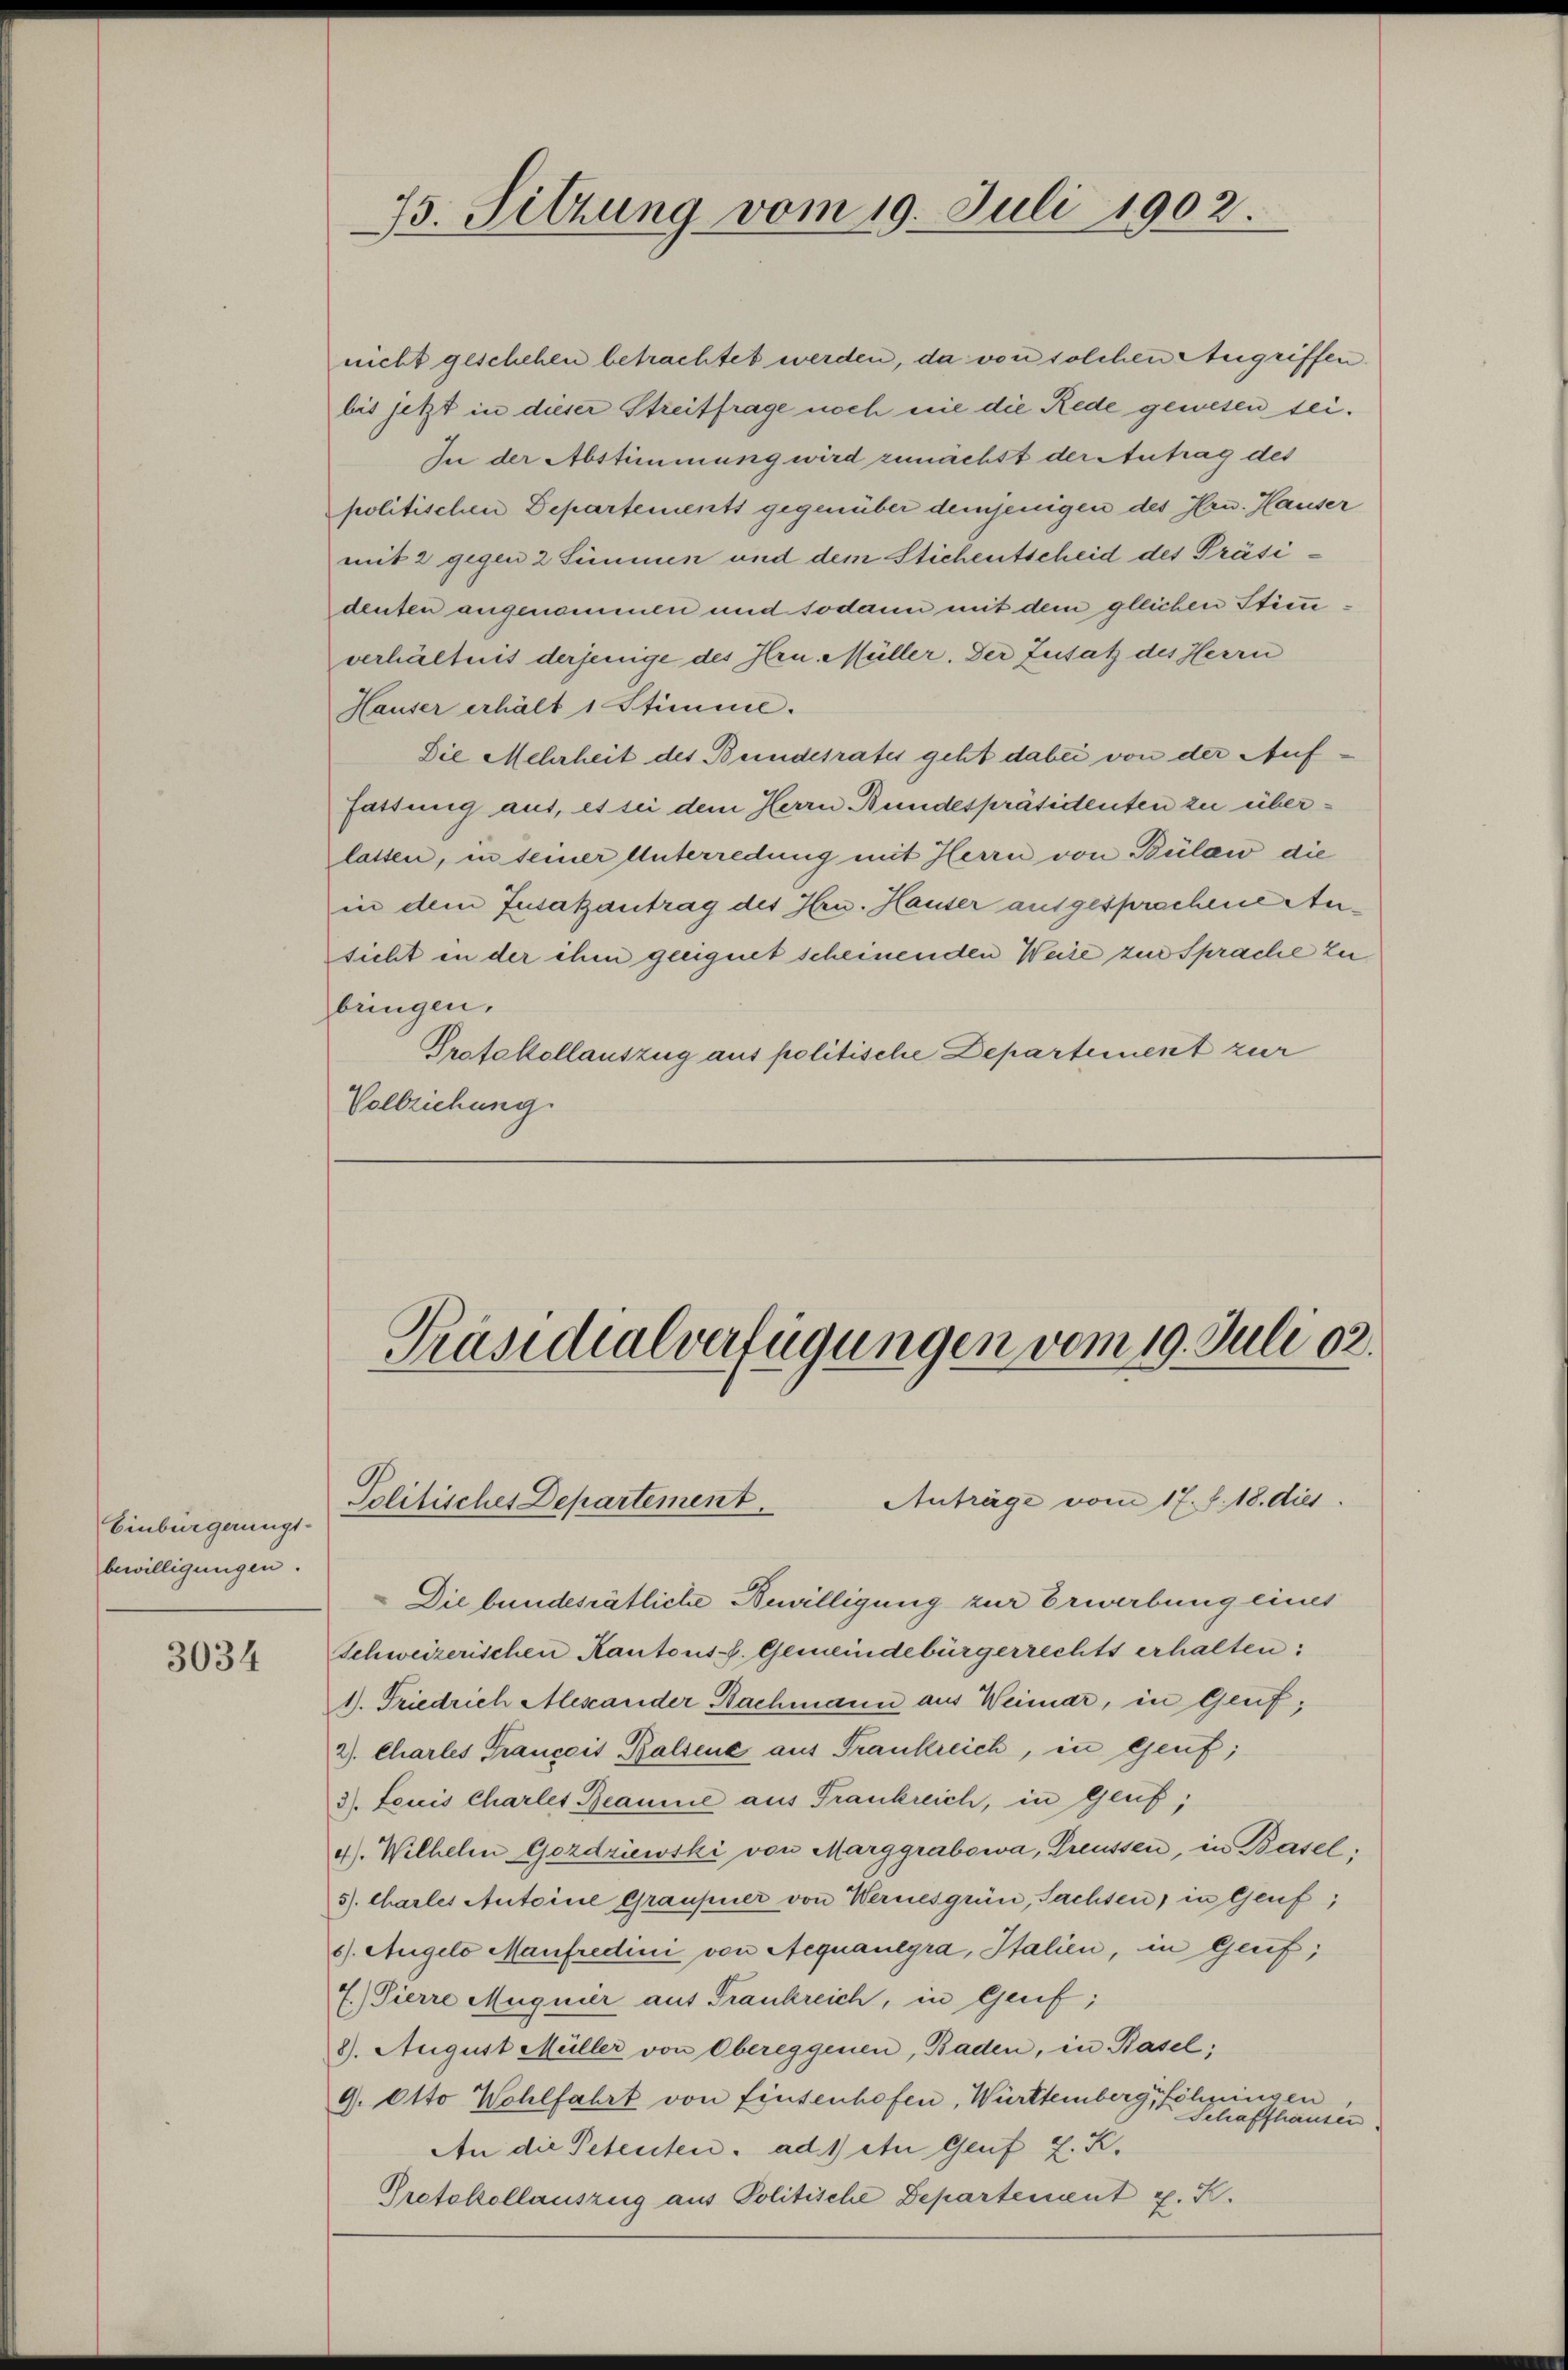
Einbürgerungs-
bewilligungen.

3034

nicht geschehen betrachtet werden, da von solchen Angriffen
bis jetzt in dieser Streitfrage noch nie die Rede gewesen sei.
In der Abstimmung wird zunächst der Antrag des
politischen Departements gegenüber demjenigen des Hrn. Hauser
mit 2 gegen 2 Simmen und dem Stichentscheid des Präsi
denten angenommen und sodann mit dem gleichen Stimmverhältnis derjenige des Hrn. Müller. Der Zusatz des Herrn
Hauser erhält 1 Stimme.
Die Mehrheit des Beindesrates geht dabei von der Auffassung aus, es sei dem Herrn Bundespräsidenten zu überlassen, in seiner Unterredung mit Herrn von Bülaw die
in dem Zusatzantrag des Hrn. Hauser ausgesprochene Ansicht in der ihm geeignet scheinenden Weise zur Sprache zu
bringen.
Protokollauszug aus politische Departement zur
Vollziehung.

73. Sitzung vom 19. Juli 1902.

Präsidialverfügungen vom 19. Juli 12.

Politisches Departement.

Anträge vom 17. J. 18. dies

Die bundesrätliche Bewilligung zur Erwerbung eines
Schweizerischen Kantons-F. Gemeindebürgerrechts erhalten:
1). Friedrich Mescander Nachmann aus Weimar, in Genf,
2). Charles Franceis Balsene aus Frankreich, in Genf;
3). Louis Charles Reaume aus Frankreich, in Genf;
4). Wilhelm Gordriewski von Marggrabowa, Preussen, in Basel;
5). Chartes Antoine Graupner von Wernesgrün, Sachsen, in Genf;
6). Augelo Manfredini von Aequaulgra, Italien, in Genf;
7.) Dierre Mugnier aus Frankreich, in Genf;
8). August Müller von Obereggenen, Baden, in Basel;
9. Otto Wohlfahrt von Einsenhofen, Württemberg, Schningen
Schaffhausen
An die Petenten. ad 1) ein Genf L. K.
Protokollauszug aus Politische Departement v. K.